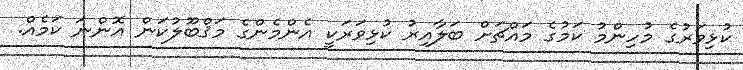
ކުޅިވަރުގެ މުހިންމު ކަމުގެ މައްޗަށް ބަލާއިރު ކުޅިވަރަކީ އެންމެންގެ މަޤްބޫލުކަން އޮންނަ ކަމެއް.